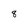
Character: 8